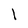
Character: l